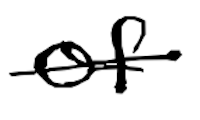
Text: of
Cross-out: mix
Writing tool: digital_black